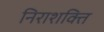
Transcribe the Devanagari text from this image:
निराशक्ति